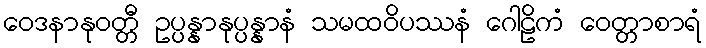
ဝေဒနာနုဝတ္တီ ဥပ္ပန္နာနုပ္ပန္နာနံ သမထဝိပဿနံ ဂေါဠိကံ ဝေတ္တာစာရံ